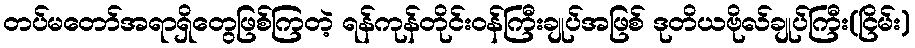
တပ်မတော်အရာရှိတွေဖြစ်ကြတဲ့ ရန်ကုန်တိုင်းဝန်ကြီးချုပ်အဖြစ် ဒုတိယဗိုလ်ချုပ်ကြီး(ငြိမ်း)